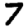
Digit: 7